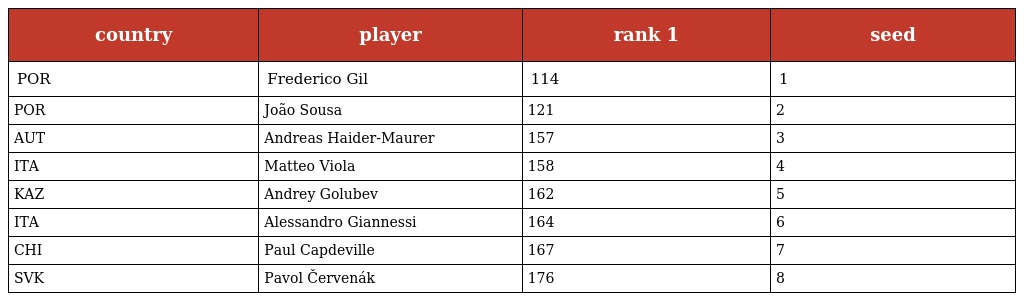
| country | player | rank 1 | seed |
 | --- | --- | --- | --- |
 | POR | Frederico Gil | 114 | 1 |
 | POR | João Sousa | 121 | 2 |
 | AUT | Andreas Haider-Maurer | 157 | 3 |
 | ITA | Matteo Viola | 158 | 4 |
 | KAZ | Andrey Golubev | 162 | 5 |
 | ITA | Alessandro Giannessi | 164 | 6 |
 | CHI | Paul Capdeville | 167 | 7 |
 | SVK | Pavol Červenák | 176 | 8 |